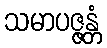
သမာပဇ္ဇန္တံ